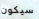
سيكون